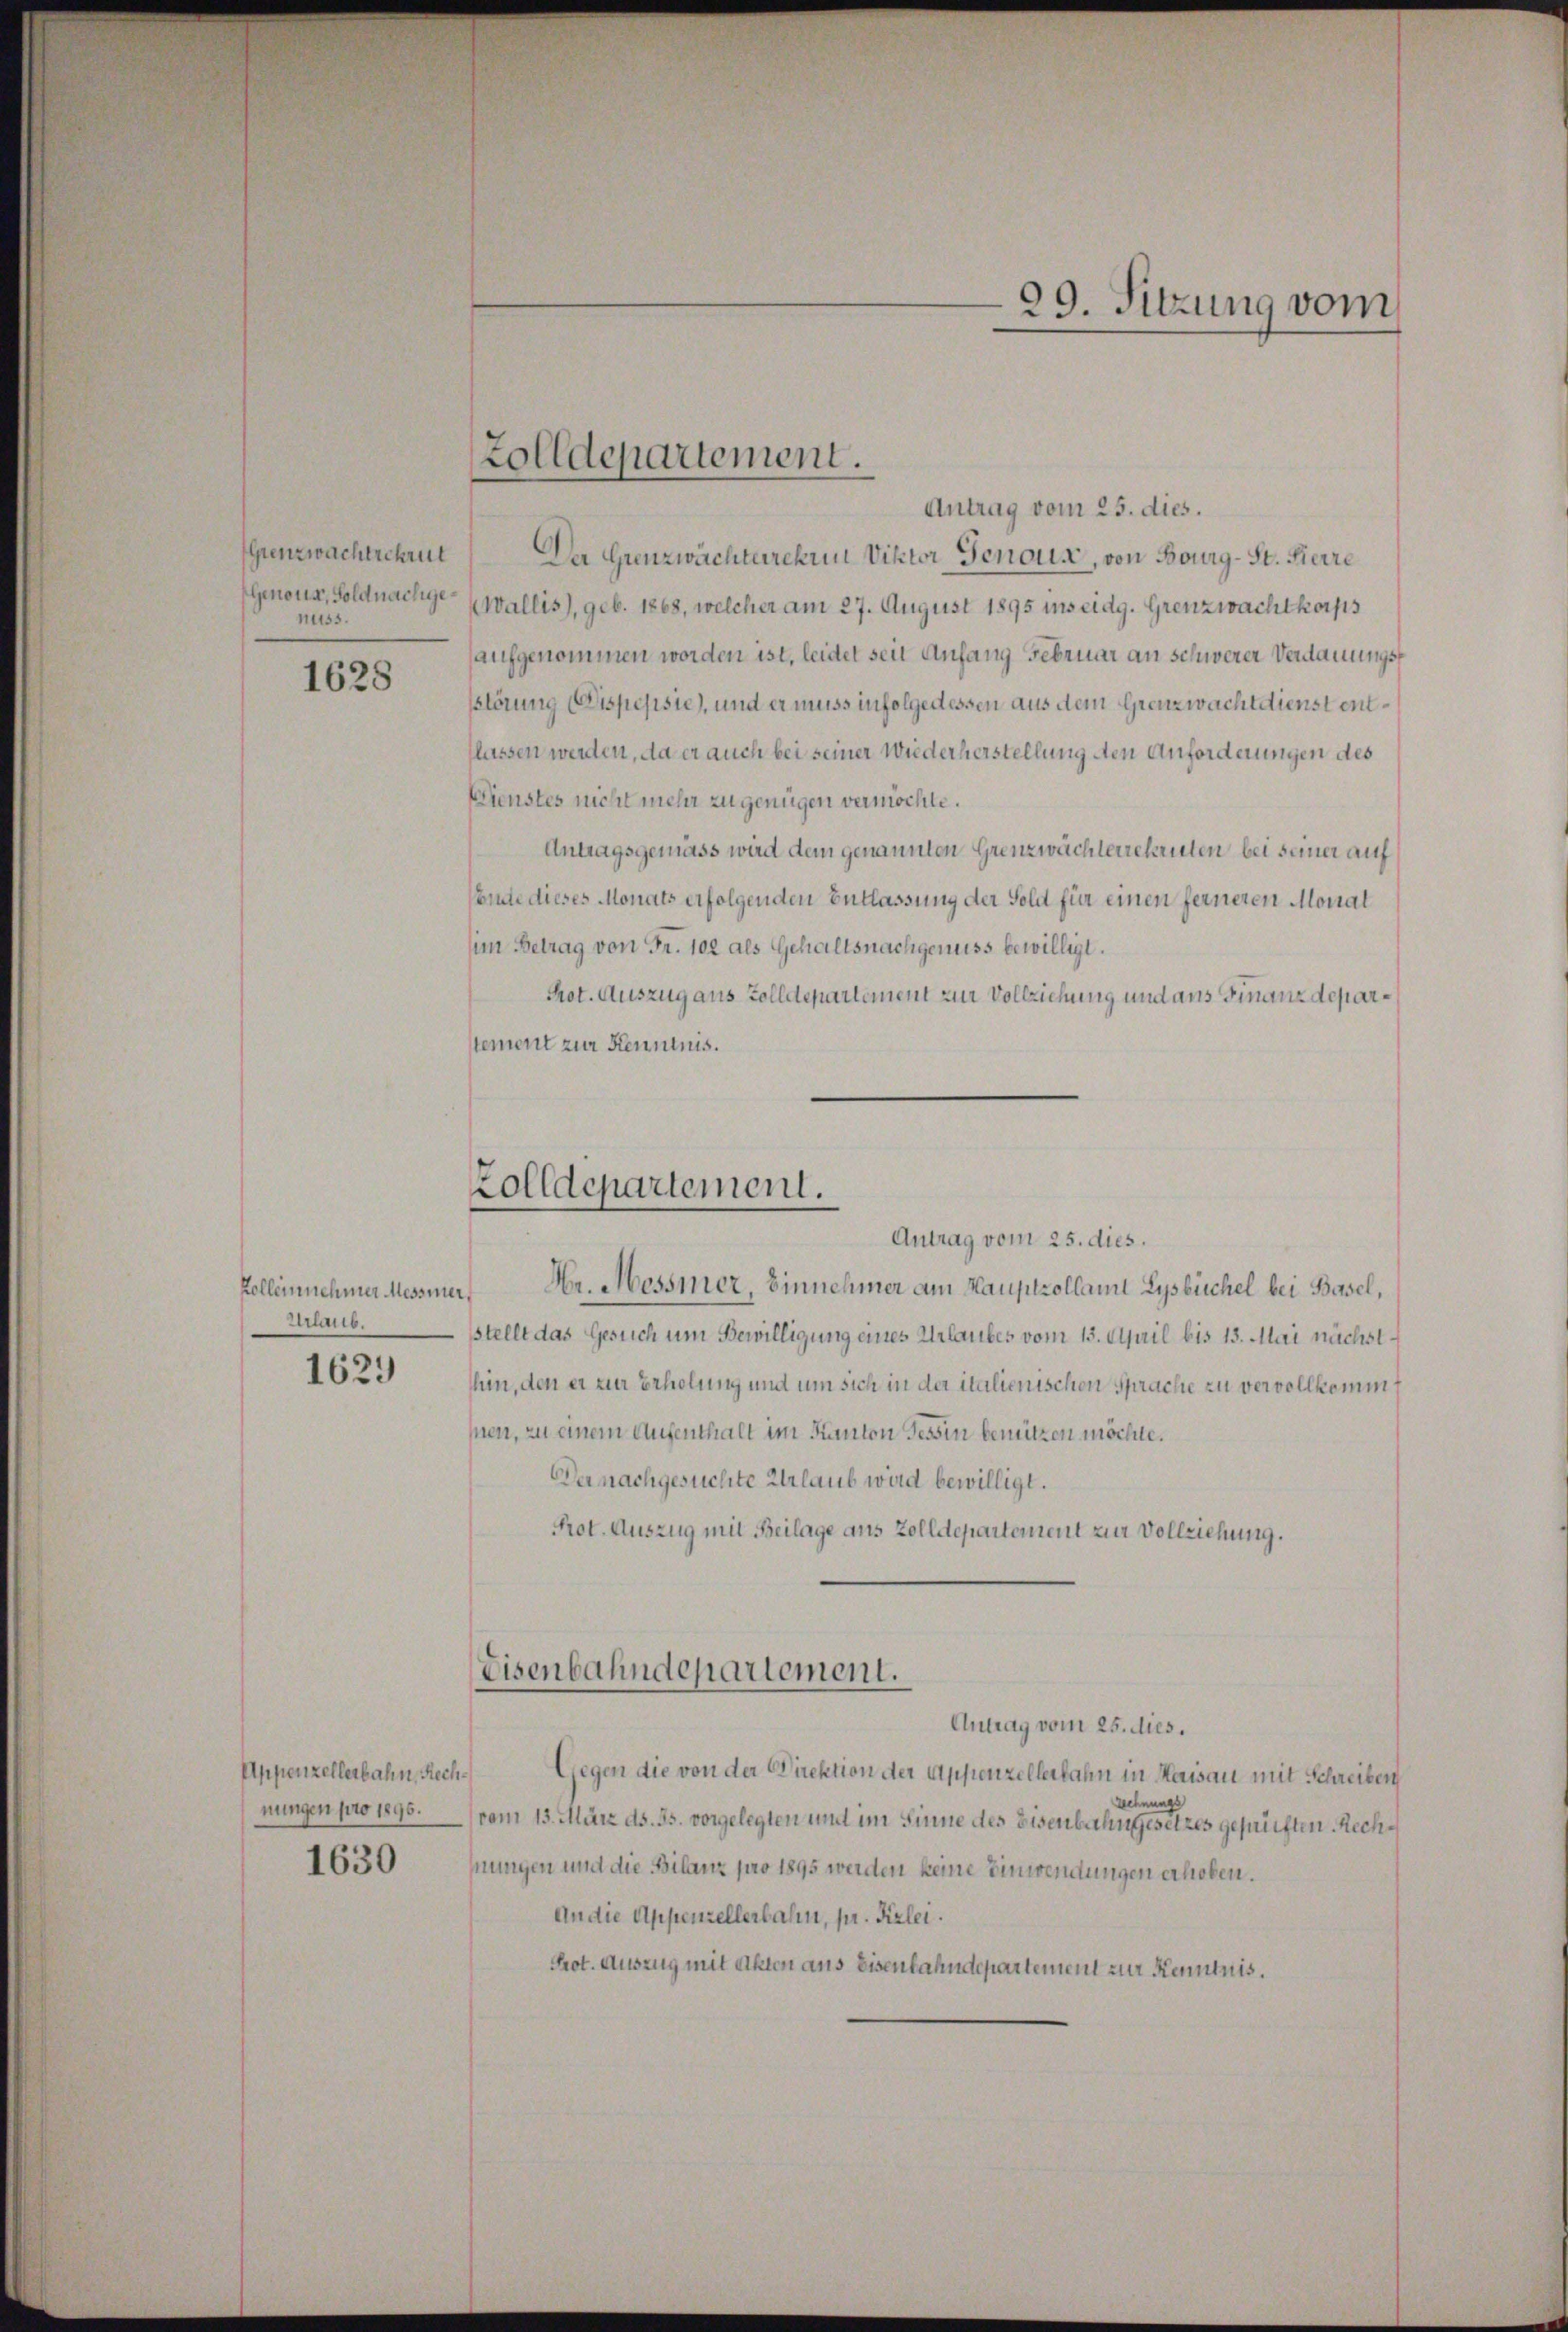
Grenzwachtrchrüt
Genoss, Foldnachgenuss.

1628

Urlaub.

1629

Appenzellerbahn. Rech¬

1630

Antrag vom 25. dies.
Der Grenzwächterchen Viktor Genoux, von Bourg-St. Herre
Wallis), geb. 1868, welcher am 27. August 1895 ins eidg. Grenzwachtkorps
aufgenommen worden ist, leidet seit Anfang Februar an schwerer Verdauungsstörung Disposisie), und er muss infolge dessen aus dem Grenzwachtdienst entflassen werden, da er auch bei seiner Wiederherstellung den Anforderungen des
Dienstes nicht mehr zu genügen vermöchte.
Antragsgemäss wird dem genannten Grenzwachterrekruten bei seiner auf
Ende dieses Monats erfolgenden Entlassung der Sold für einen ferneren Monat
(im Betrag von Fr. 102 als Gehaltsnachgenuss bewilligt.
Prot. Auszug aus Zolldepartement zur Vollziehung und aus Finanzdeparsement zur Kenntnis.

Zolldepartement.

Zolldepartement.
Antrag vom 25. dies.

Felleinehmer Messner, Hr. Messner, Einnehmer am Hauptzollamt Lysbüchel bei Basel,
sstellt das Gesuch um Bewilligung eines Urlaubes vom 15. April bis 13. Mai nächsthin, den er zur Erholung und um sich in der italienischen Sprache zu vervollkommt
sen, zu einem Aufenthalt im Kanton Tessin benützen möchte.
Der nachgesuchte Urlaub wird bewilligt.
Prot. Auszug mit Beilage aus Zolldepartement zur Vollziehung.
Eisenbahndepartement.
Antrag vom 25. dies.
Gegen die von der Direktion der Appenzellerbahn in Maisau mit Schreiben
Lechnungs
nungen pro 1896. vom 13. März ds. 35. vorgelegten mit im Sinne des Eisenbahngesetzes geprüften Rechhnungen und die Bilanz pro 1895 werden keine Einwendungen erhoben.
An die Appenzellerbahn, pr. Kizlei.
Prot. Auszug mit Akten aus Eisenbahndepartement zur Kenntnis.

99. Sitzung vom